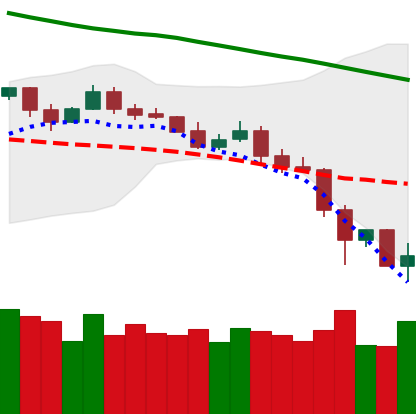
Ticker: LTC-USD
Chart end date: 2019-11-25
Forward return: 3.589%
Label: up_3_5